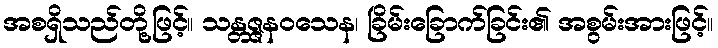
အစရှိသည်တို့ဖြင့်။ သန္တဇ္ဇနဝသေန၊ ခြိမ်းခြောက်ခြင်း၏ အစွမ်းအားဖြင့်။